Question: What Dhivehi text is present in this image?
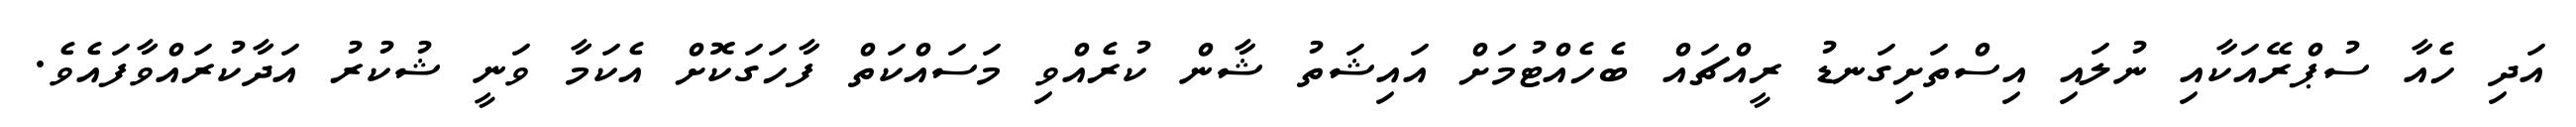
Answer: އަދި ހެއާ ސުޕްރޭއަކާއި ނުލައި އިސްތަށިގަނޑު ރީއްޗައް ބެހެއްޓުމަށް އައިޝަތު ޝާން ކުރެއްވި މަސައްކަތް ފާހަގަކޮށް އެކަމާ ވަނީ ޝުކުރު އަދާކުރައްވާފައެވެ.